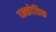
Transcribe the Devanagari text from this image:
य्न्कोविक